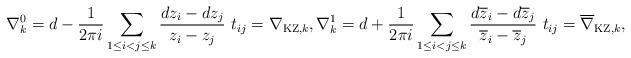
LaTeX: \begin{align*}\nabla_k^0=d-\frac{1}{2\pi i}\sum_{1\leq i<j\leq k}\frac{dz_i-dz_j}{z_i-z_j}\ t_{ij}=\nabla_{\mathrm{KZ},k},\nabla_k^1=d+\frac{1}{2\pi i}\sum_{1\leq i<j\leq k}\frac{d\overline z_i-d\overline z_j}{\overline z_i-\overline z_j}\ t_{ij}=\overline \nabla_{\mathrm{KZ},k},\end{align*}